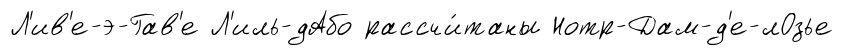
Л'ив'е-э-Гав'е Л'иль-дАбо рассчи́таны Нотр-Дам-д'е-лОзье